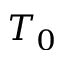
T _ { 0 }